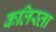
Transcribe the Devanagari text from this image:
कलिस्ता